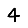
Digit: 4